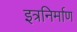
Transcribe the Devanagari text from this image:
इत्रनिर्माण